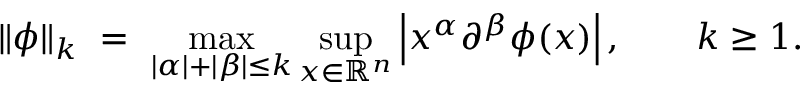
\| \phi \| _ { k } ~ = ~ \operatorname* { m a x } _ { | \alpha | + | \beta | \leq k } \operatorname* { s u p } _ { x \in \mathbb { R } ^ { n } } \left| x ^ { \alpha } \partial ^ { \beta } \phi ( x ) \right| , \qquad k \geq 1 .